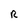
Character: R